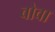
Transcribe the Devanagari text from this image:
बोवा